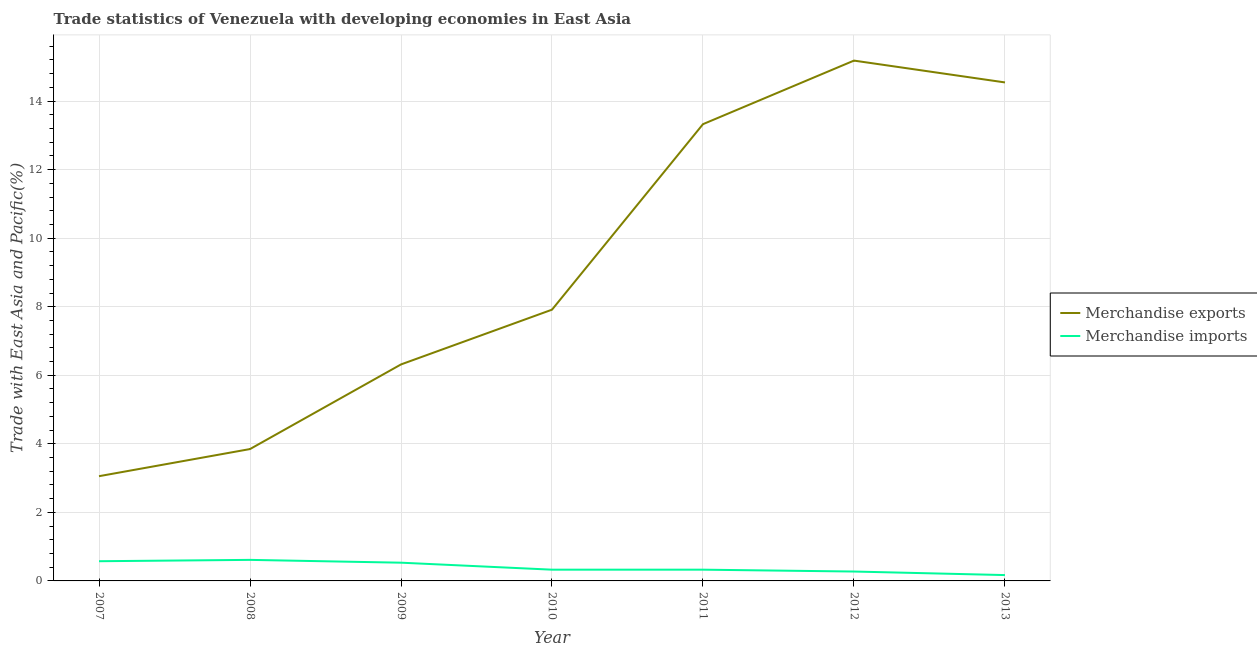
| Year | Merchandise exports | Merchandise imports |
 | --- | --- | --- |
 | 2007 | 3.06 | 0.575 |
 | 2008 | 3.85 | 0.614 |
 | 2009 | 6.32 | 0.532 |
 | 2010 | 7.91 | 0.328 |
 | 2011 | 13.3 | 0.328 |
 | 2012 | 15.2 | 0.274 |
 | 2013 | 14.5 | 0.17 |